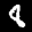
Label: 8